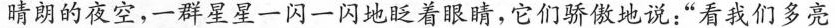
晴朗的夜空，一群星星一闪一闪地眨着眼睛，它们骄傲地说：“看我们多亮